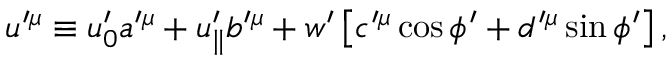
u ^ { \prime \mu } \equiv u _ { 0 } ^ { \prime } a ^ { \prime \mu } + u _ { \parallel } ^ { \prime } b ^ { \prime \mu } + w ^ { \prime } \left[ c ^ { \prime \mu } \cos \phi ^ { \prime } + d ^ { \prime \mu } \sin \phi ^ { \prime } \right] ,